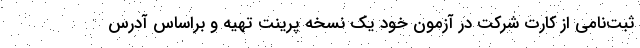
ثبت‌نامی از کارت شرکت در آزمون خود یک نسخه پرینت تهیه و براساس آدرس